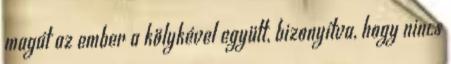
magát az ember a kölykével együtt, bizonyítva, hogy nincs